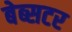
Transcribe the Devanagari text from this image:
बेब्सटर